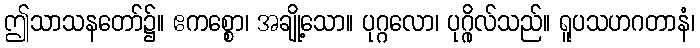
ဤသာသနတော်၌။ ဧကစ္စော၊ အချို့သော။ ပုဂ္ဂလော၊ ပုဂ္ဂိုလ်သည်။ ရူပသဟဂတာနံ၊